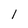
Character: 1